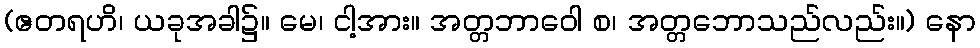
(ဧတရဟိ၊ ယခုအခါ၌။ မေ၊ ငါ့အား။ အတ္တဘာဝေါ စ၊ အတ္တဘောသည်လည်း။) နော